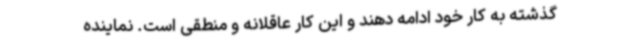
گذشته به کار خود ادامه دهند و این کار عاقلانه و منطقی است. نماینده